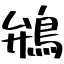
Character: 鴘